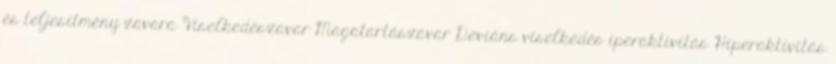
és teljesítmény zavara Viselkedészavar Magatartászavar Deviáns viselkedés iperaktivitás Hiperaktivitás